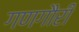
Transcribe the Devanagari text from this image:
गणगौरी